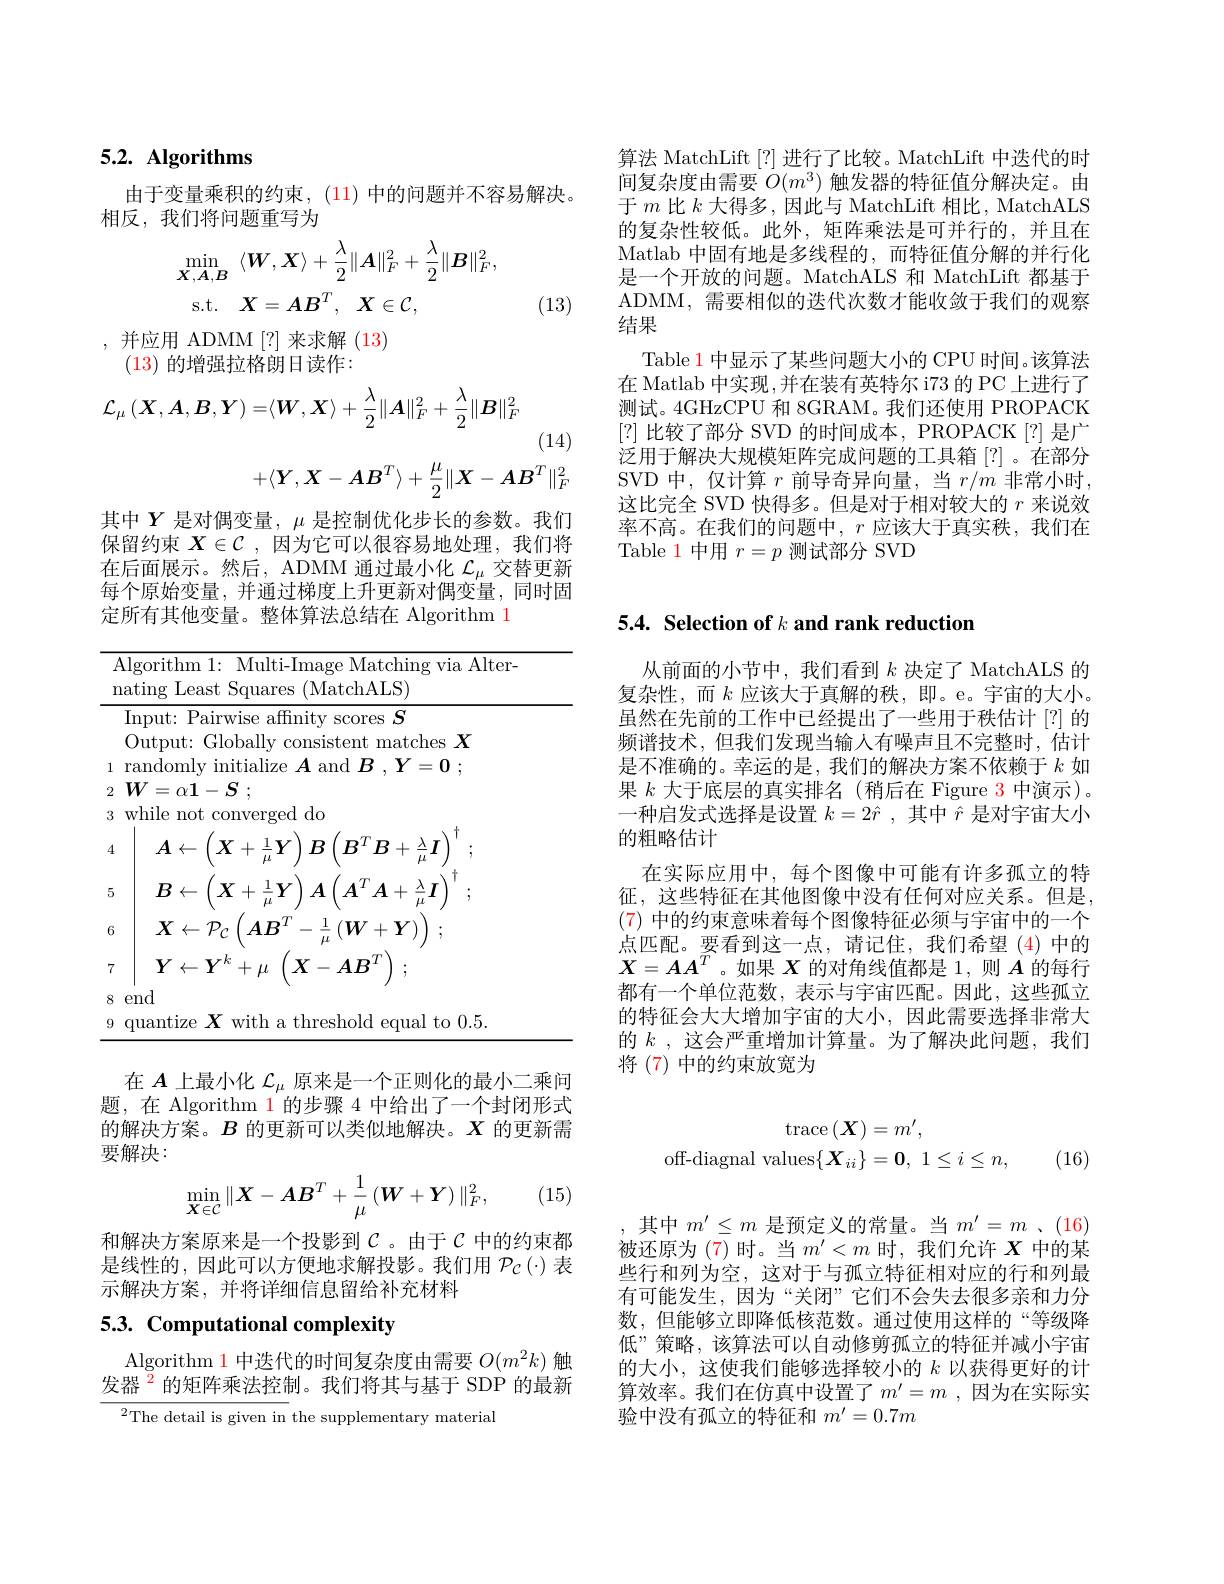
算法 MatchLift [?] 进行了比较。MatchLift 中迭代的时间复杂度由需要$O(m^3)$触发器的特征值分解决定。由于$m$ 比$k$ 大得多，因此与 MatchLift 相比，MatchALS 的复杂性较低。此外，矩阵乘法是可并行的，并且在Matlab 中固有地是多线程的，而特征值分解的并行化是一个开放的问题。MatchALS 和 MatchLift 都基于ADMM, 需要相似的迭代次数才能收敛于我们的观察结果
Table 1 中显示了某些问题大小的 CPU 时间。该算法在 Matlab 中实现 ,并在装有英特尔 i73 的 PC 上进行了测试。4GHzCPU 和 8GRAM。我们还使用 PROPACK [?]比较了部分 SVD 的时间成本，PROPACK[?]是广泛用于解决大规模矩阵完成问题的工具箱[?]。在部分SVD 中，仅计算$r$前导奇异向量，当$r/m$非常小时， 这比完全 SVD 快得多。但是对于相对较大的$r$来说效率不高。在我们的问题中，$r$应该大于真实秩，我们在Table 1 中用$r=p$测试部分 SVD

# 5.2. Algorithms

由于变量乘积的约束，(11)中的问题并不容易解决。
相反，我们将问题重写为
$$\begin{aligned}\min_{\boldsymbol{X},\boldsymbol{A},\boldsymbol{B}}&\langle\boldsymbol{W},\boldsymbol{X}\rangle+\frac{\lambda}{2}\|\boldsymbol{A}\|_{F}^{2}+\frac{\lambda}{2}\|\boldsymbol{B}\|_{F}^{2},\\\mathrm{s.t.}&\boldsymbol{X}=\boldsymbol{A}\boldsymbol{B}^{T},\quad\boldsymbol{X}\in\mathcal{C},\end{aligned}$$
(13)

,并应用 ADMM[?]来求解(13)
(13)的增强拉格朗日读作：
$$\mathcal{L}_{\mu}\left(\boldsymbol{X},\boldsymbol{A},\boldsymbol{B},\boldsymbol{Y}\right)=\langle\boldsymbol{W},\boldsymbol{X}\rangle+\frac{\lambda}{2}\|\boldsymbol{A}\|_{F}^{2}+\frac{\lambda}{2}\|\boldsymbol{B}\|_{F}^{2}$$
(14)
$$+\langle Y,X-AB^T\rangle+\frac{\mu}{2}\|X-AB^T\|_F^2$$
其中$Y$是对偶变量，$\mu$是控制优化步长的参数。我们保留约束$X\in\mathcal{C}$ ,因为它可以很容易地处理，我们将在后面展示。然后，ADMM 通过最小化$\mathcal{L}_\mu$交替更新每个原始变量，并通过梯度上升更新对偶变量，同时固定所有其他变量。整体算法总结在 Algorithm 1

<table>
	<tbody>
		<tr>
			<td>$\Upsilon$</td>
			<td>Algorithm 1: Multi-Image Matching via Alter- nating Least Squares (MatchALS)</td>
		</tr>
		<tr>
			<td> </td>
			<td>Input: Pairwise affnity scores $S$</td>
		</tr>
		<tr>
			<td> </td>
			<td>Output: Globally consistent matches $X$</td>
		</tr>
		<tr>
			<td>1</td>
			<td> </td>
		</tr>
		<tr>
			<td>2</td>
			<td>$=\alpha\mathbf{1}$</td>
		</tr>
		<tr>
			<td>3</td>
			<td>while not converged do</td>
		</tr>
		<tr>
			<td>4</td>
			<td>$A\leftarrow$ $X+$ ${\frac{1}{-}}$ $B$ $B^{T}B+$</td>
		</tr>
		<tr>
			<td>5</td>
			<td>$B\leftarrow$ $\left|\boldsymbol{X}+\frac{1}{\boldsymbol{Y}}\right|\boldsymbol{A}$ $\mathbf{1}(\boldsymbol{A}^{T}\boldsymbol{A}+$ - $\underline {\lambda }$ $j$</td>
		</tr>
		<tr>
			<td>6</td>
			<td>$X\leftarrow\mathcal{P}_{\mathcal{C}}$ $AB^{T}$ $\cdot\frac{1}{u}\left(\boldsymbol{W}+\boldsymbol{Y}\right)$</td>
		</tr>
		<tr>
			<td>7</td>
			<td>$Y\leftarrow Y^k+\mu$ $X-AB^{I}$</td>
		</tr>
		<tr>
			<td>8</td>
			<td>end</td>
		</tr>
		<tr>
			<td>9</td>
			<td>$X$ threshold 0.05 auantize $\mathbf{with}$ equal to</td>
		</tr>
	</tbody>
</table>

在$A$上最小化$\mathcal{L}_\mu$原来是一个正则化的最小二乘问题，在 Algorithm 1 的步骤 4 中给出了一个封闭形式的解决方案。$B$的更新可以类似地解决。$X$的更新需要解决：
$$\min_{\boldsymbol{X}\in\mathcal{C}}\|\boldsymbol{X}-\boldsymbol{A}\boldsymbol{B}^T+\frac{1}{\mu}\left(\boldsymbol{W}+\boldsymbol{Y}\right)\|_F^2,$$
(15)

和解决方案原来是一个投影到$\mathcal{C}$。由于$\mathcal{C}$ 中的约束都是线性的，因此可以方便地求解投影。我们用$\mathcal{P}_{\mathcal{C}}\left(\cdot\right)$表示解决方案，并将详细信息留给补充材料

# 5.3. Computational complexity

Algorithm 1 中迭代的时间复杂度由需要$O(m^2k)$触发器$^{\color{#c00}{2}}$的矩阵乘法控制。我们将其与基于 SDP 的最新

$^{2}$The detail is given in the supplementary material

## 5.4. Selection of $k\textbf{and rank reduction}$

从前面的小节中，我们看到$k$决定了 MatchALS 的复杂性，而$k$应该大于真解的秩，即。e。宇宙的大小。虽然在先前的工作中已经提出了一些用于秩估计[?]的频谱技术，但我们发现当输人有噪声且不完整时，估计是不准确的。幸运的是，我们的解决方案不依赖于$k$如果$k$大于底层的真实排名(稍后在 Figure 3 中演示)。一种启发式选择是设置$k=2\hat{r}$ ,其中$\hat{r}$是对宇宙大小的粗略估计
在实际应用中，每个图像中可能有许多孤立的特征，这些特征在其他图像中没有任何对应关系。但是， (7)中的约束意味着每个图像特征必须与宇宙中的一个点匹配。要看到这一点，请记住，我们希望(4)中的$\boldsymbol{X}=\boldsymbol{A}\boldsymbol{A}^T$ 。如果$\boldsymbol{X}$的对角线值都是 1,则$\boldsymbol{A}$的每行都有一个单位范数，表示与宇宙匹配。因此，这些孤立的特征会大大增加宇宙的大小，因此需要选择非常大的$k$ ,这会严重增加计算量。为了解决此问题，我们将 (7) 中的约束放宽为
$$\begin{array}{c}\mathrm{trace}\left(\boldsymbol{X}\right)=m',\\\mathrm{off-diagnal~values}\{\boldsymbol{X}_{ii}\}=\boldsymbol{0},\:1\leq i\leq n,\end{array}$$
(16)

,其中$m^\prime\leq m$是预定义的常量。当$m^\prime=m$ 、(16) 被还原为 (7) 时。当$m^\prime<m$时，我们允许$X$中的某

些行和列为空，这对于与孤立特征相对应的行和列最有可能发生，因为“关闭”它们不会失去很多亲和力分数，但能够立即降低核范数。通过使用这样的“等级降低”策略，该算法可以自动修剪孤立的特征并减小宇宙的大小，这使我们能够选择较小的$k$以获得更好的计算效率。我们在仿真中设置了 $m^\prime = m$ , 因为在实际实验中没有孤立的特征和$m^\prime=0.7m$